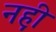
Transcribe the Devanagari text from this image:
नह़ी